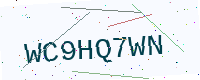
Text: WC9HQ7WN